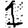
Digit: 1